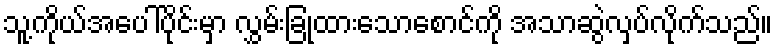
သူ့ကိုယ်အပေါ်ပိုင်းမှာ လွှမ်းခြုံထားသောစောင်ကို အသာဆွဲလှပ်လိုက်သည်။